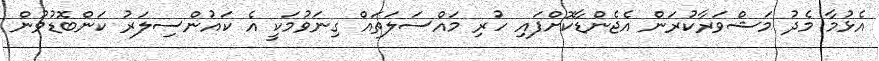
އެޅުމާ މެދު މަޝްވަރާކުރަން އެޖެންޑާކޮށްފައި ހުރި މައްސަލަތައް ގިނަވުމަކީ އެ ކައުންސިލަރު ކަންބޮޑުވުން